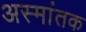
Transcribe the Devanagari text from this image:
अस्मांतक